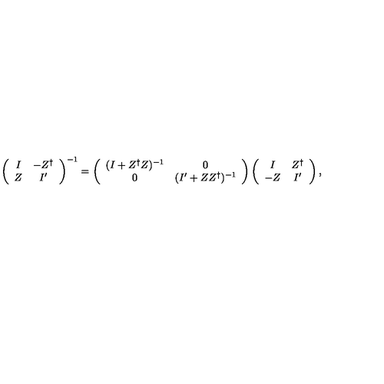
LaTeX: \left( \begin{array} { c c } { I } & { - Z ^ { \dag } } \\ { Z } & { I ^ { \prime } } \\ \end{array} \right) ^ { - 1 } = \left( \begin{array} { c c } { ( I + Z ^ { \dag } Z ) ^ { - 1 } } & { 0 } \\ { 0 } & { ( I ^ { \prime } + Z Z ^ { \dag } ) ^ { - 1 } } \\ \end{array} \right) \left( \begin{array} { c c } { I } & { Z ^ { \dag } } \\ { - Z } & { I ^ { \prime } } \\ \end{array} \right) ,